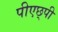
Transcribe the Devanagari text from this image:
पीएछ्पी